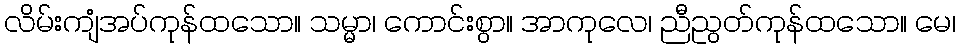
လိမ်းကျံအပ်ကုန်ထသော။ သမ္မာ၊ ကောင်းစွာ။ အာကုလေ၊ ညီညွတ်ကုန်ထသော။ မေ၊